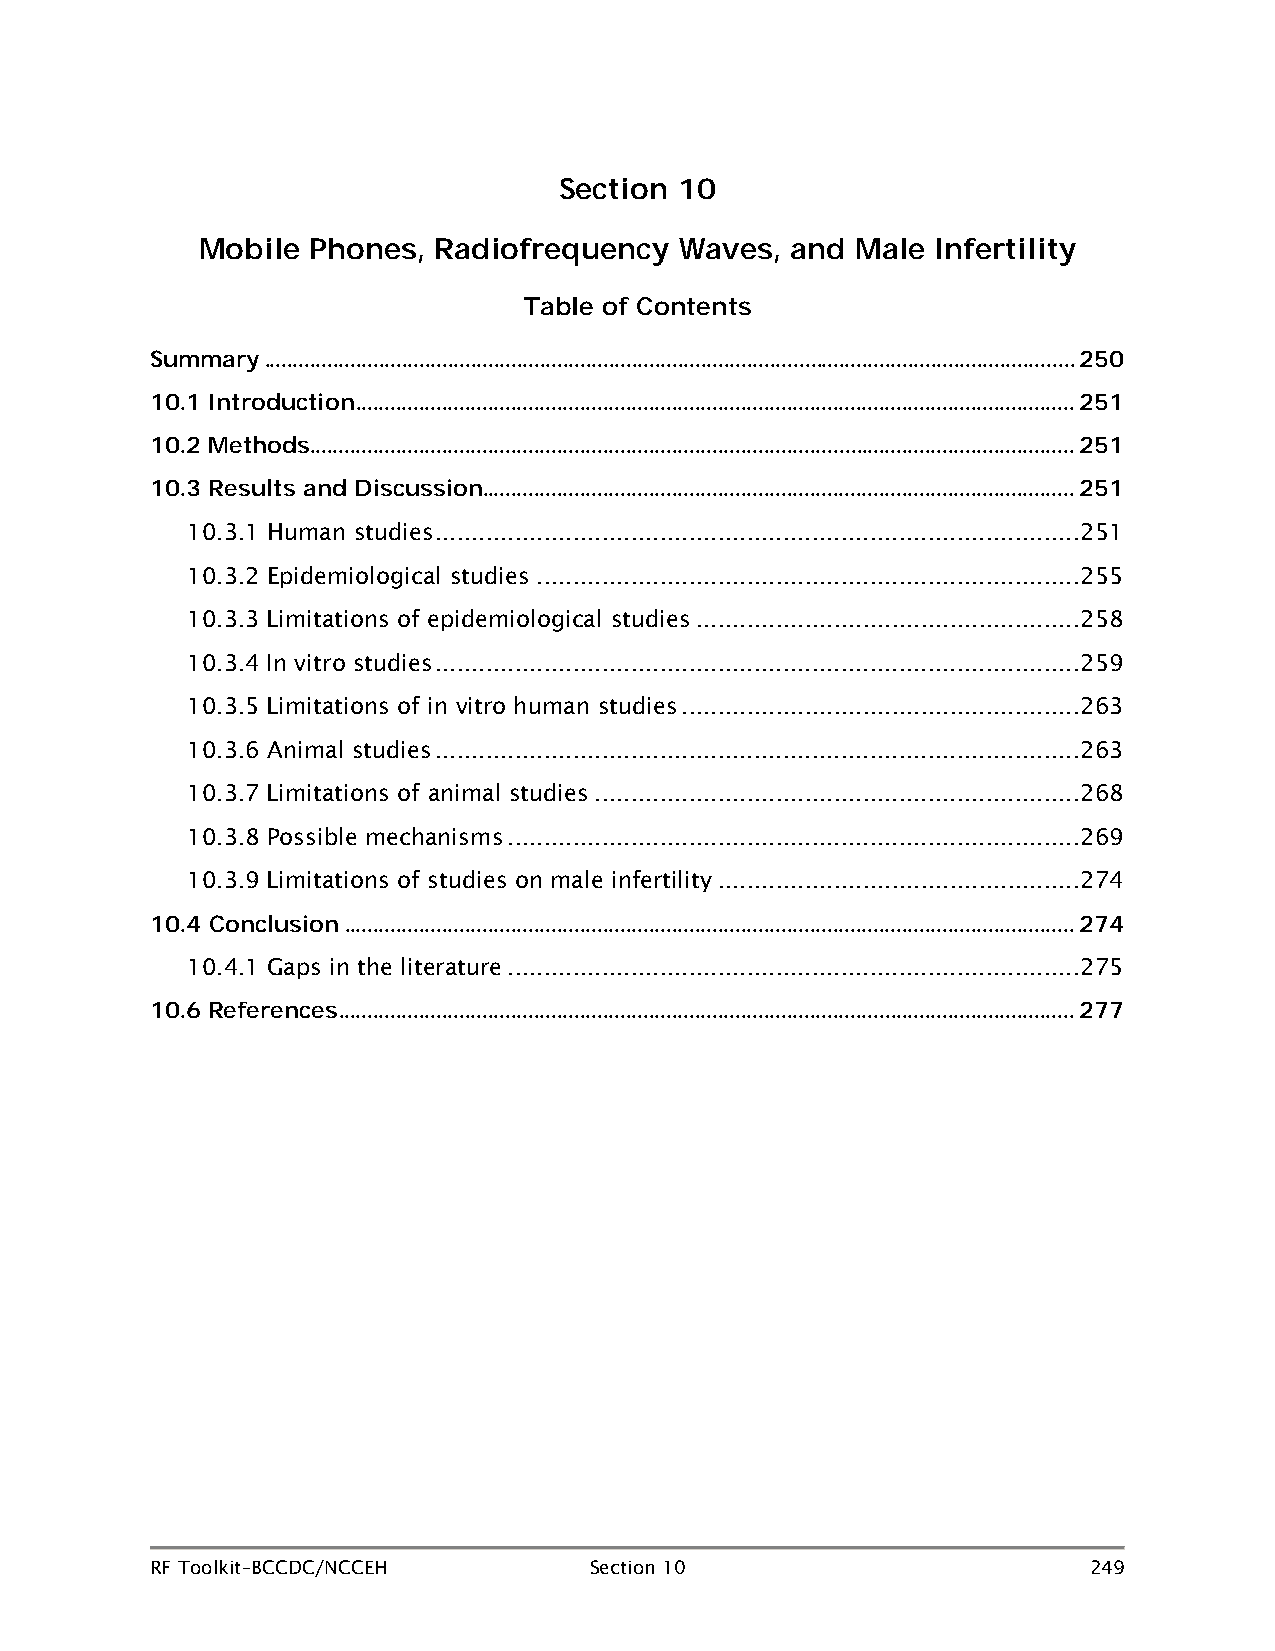
Section 10
 Mobile  Phones, Radiofrequency  Waves, and  Male Infertility
 Table of Contents
 Summary ............................................................................................................................................. 250
 10.1 Introduction ............................................................................................................................. 251
 10.2 Methods ..................................................................................................................................... 251
 10.3 Results and Discussion....................................................................................................... 251
 10.3.1 Human studies ......................................................................................... 251
 10.3.2 Epidemiological studies ........................................................................... 255
 10.3.3 Limitations of epidemiological studies ..................................................... 258
 10.3.4 In vitro studies ......................................................................................... 259
 10.3.5 Limitations of in vitro human studies ....................................................... 263
 10.3.6 Animal studies ......................................................................................... 263
 10.3.7 Limitations of animal studies ................................................................... 268
 10.3.8 Possible mechanisms ............................................................................... 269
 10.3.9 Limitations of studies on male infertility .................................................. 274
 10.4 Conclusion ............................................................................................................................... 274
 10.4.1 Gaps in the literature ............................................................................... 275
 10.6 References ................................................................................................................................ 277
 RF Toolkit–BCCDC/NCCEH       Section 10                       249